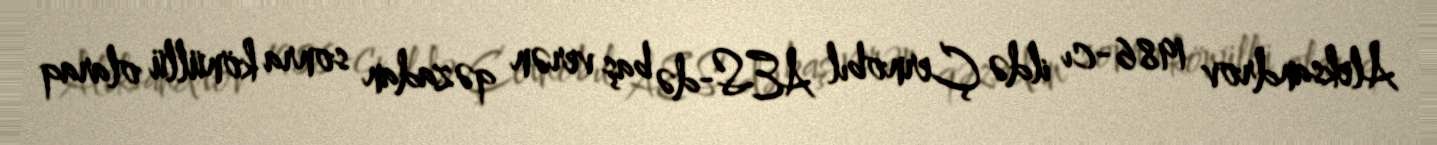
Aleksandrov 1986-cı ildə Çernobıl AES-də baş verən qəzadan sonra könüllü olaraq